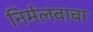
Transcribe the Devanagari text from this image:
निर्मलबाबा